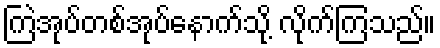
ကြဲအုပ်တစ်အုပ်နောက်သို့ လိုက်ကြသည်။